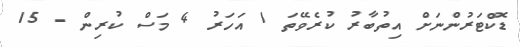
ޑޮކްޓަރުންނަށް އިތުބާރު ކުރެވޭތަ 1 އަހަރު 4 މަސް ކުރިން - 15